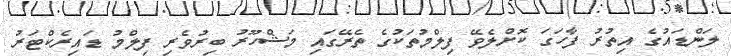
ލަންޑައުގެ އިތުރު ފާހަގަ ކޮށްލެވޭ ފިލްމުތަކުގެ ތެރޭގައި މަޝްހޫރު ބިރުވެރި ފިލްމު ޑައިރެކްޓަރު